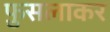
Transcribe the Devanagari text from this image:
फ़ुसलाकर